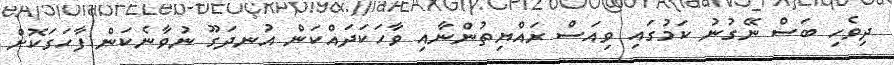
ދިވެހި ބަސް ނޭގުނު ކަމުގައި ވިއަސް ރައްޔިތުންނާއި ވާހަކަދައްކަން އުނދަގޫ ނުވާނެކަން ފާހަގަކޮށް